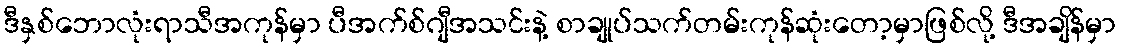
ဒီနှစ်ဘောလုံးရာသီအကုန်မှာ ပီအက်စ်ဂျီအသင်းနဲ့ စာချုပ်သက်တမ်းကုန်ဆုံးတော့မှာဖြစ်လို့ ဒီအချိန်မှာ